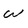
Character: W